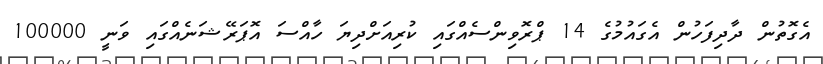
އެގޮތުން ދާދިފަހުން އެގައުމުގެ 14 ޕްރޮވިންސެއްގައި ކުރިއަށްދިޔަ ހާއްސަ އޮޕަރޭޝަނެއްގައި ވަނީ 100000